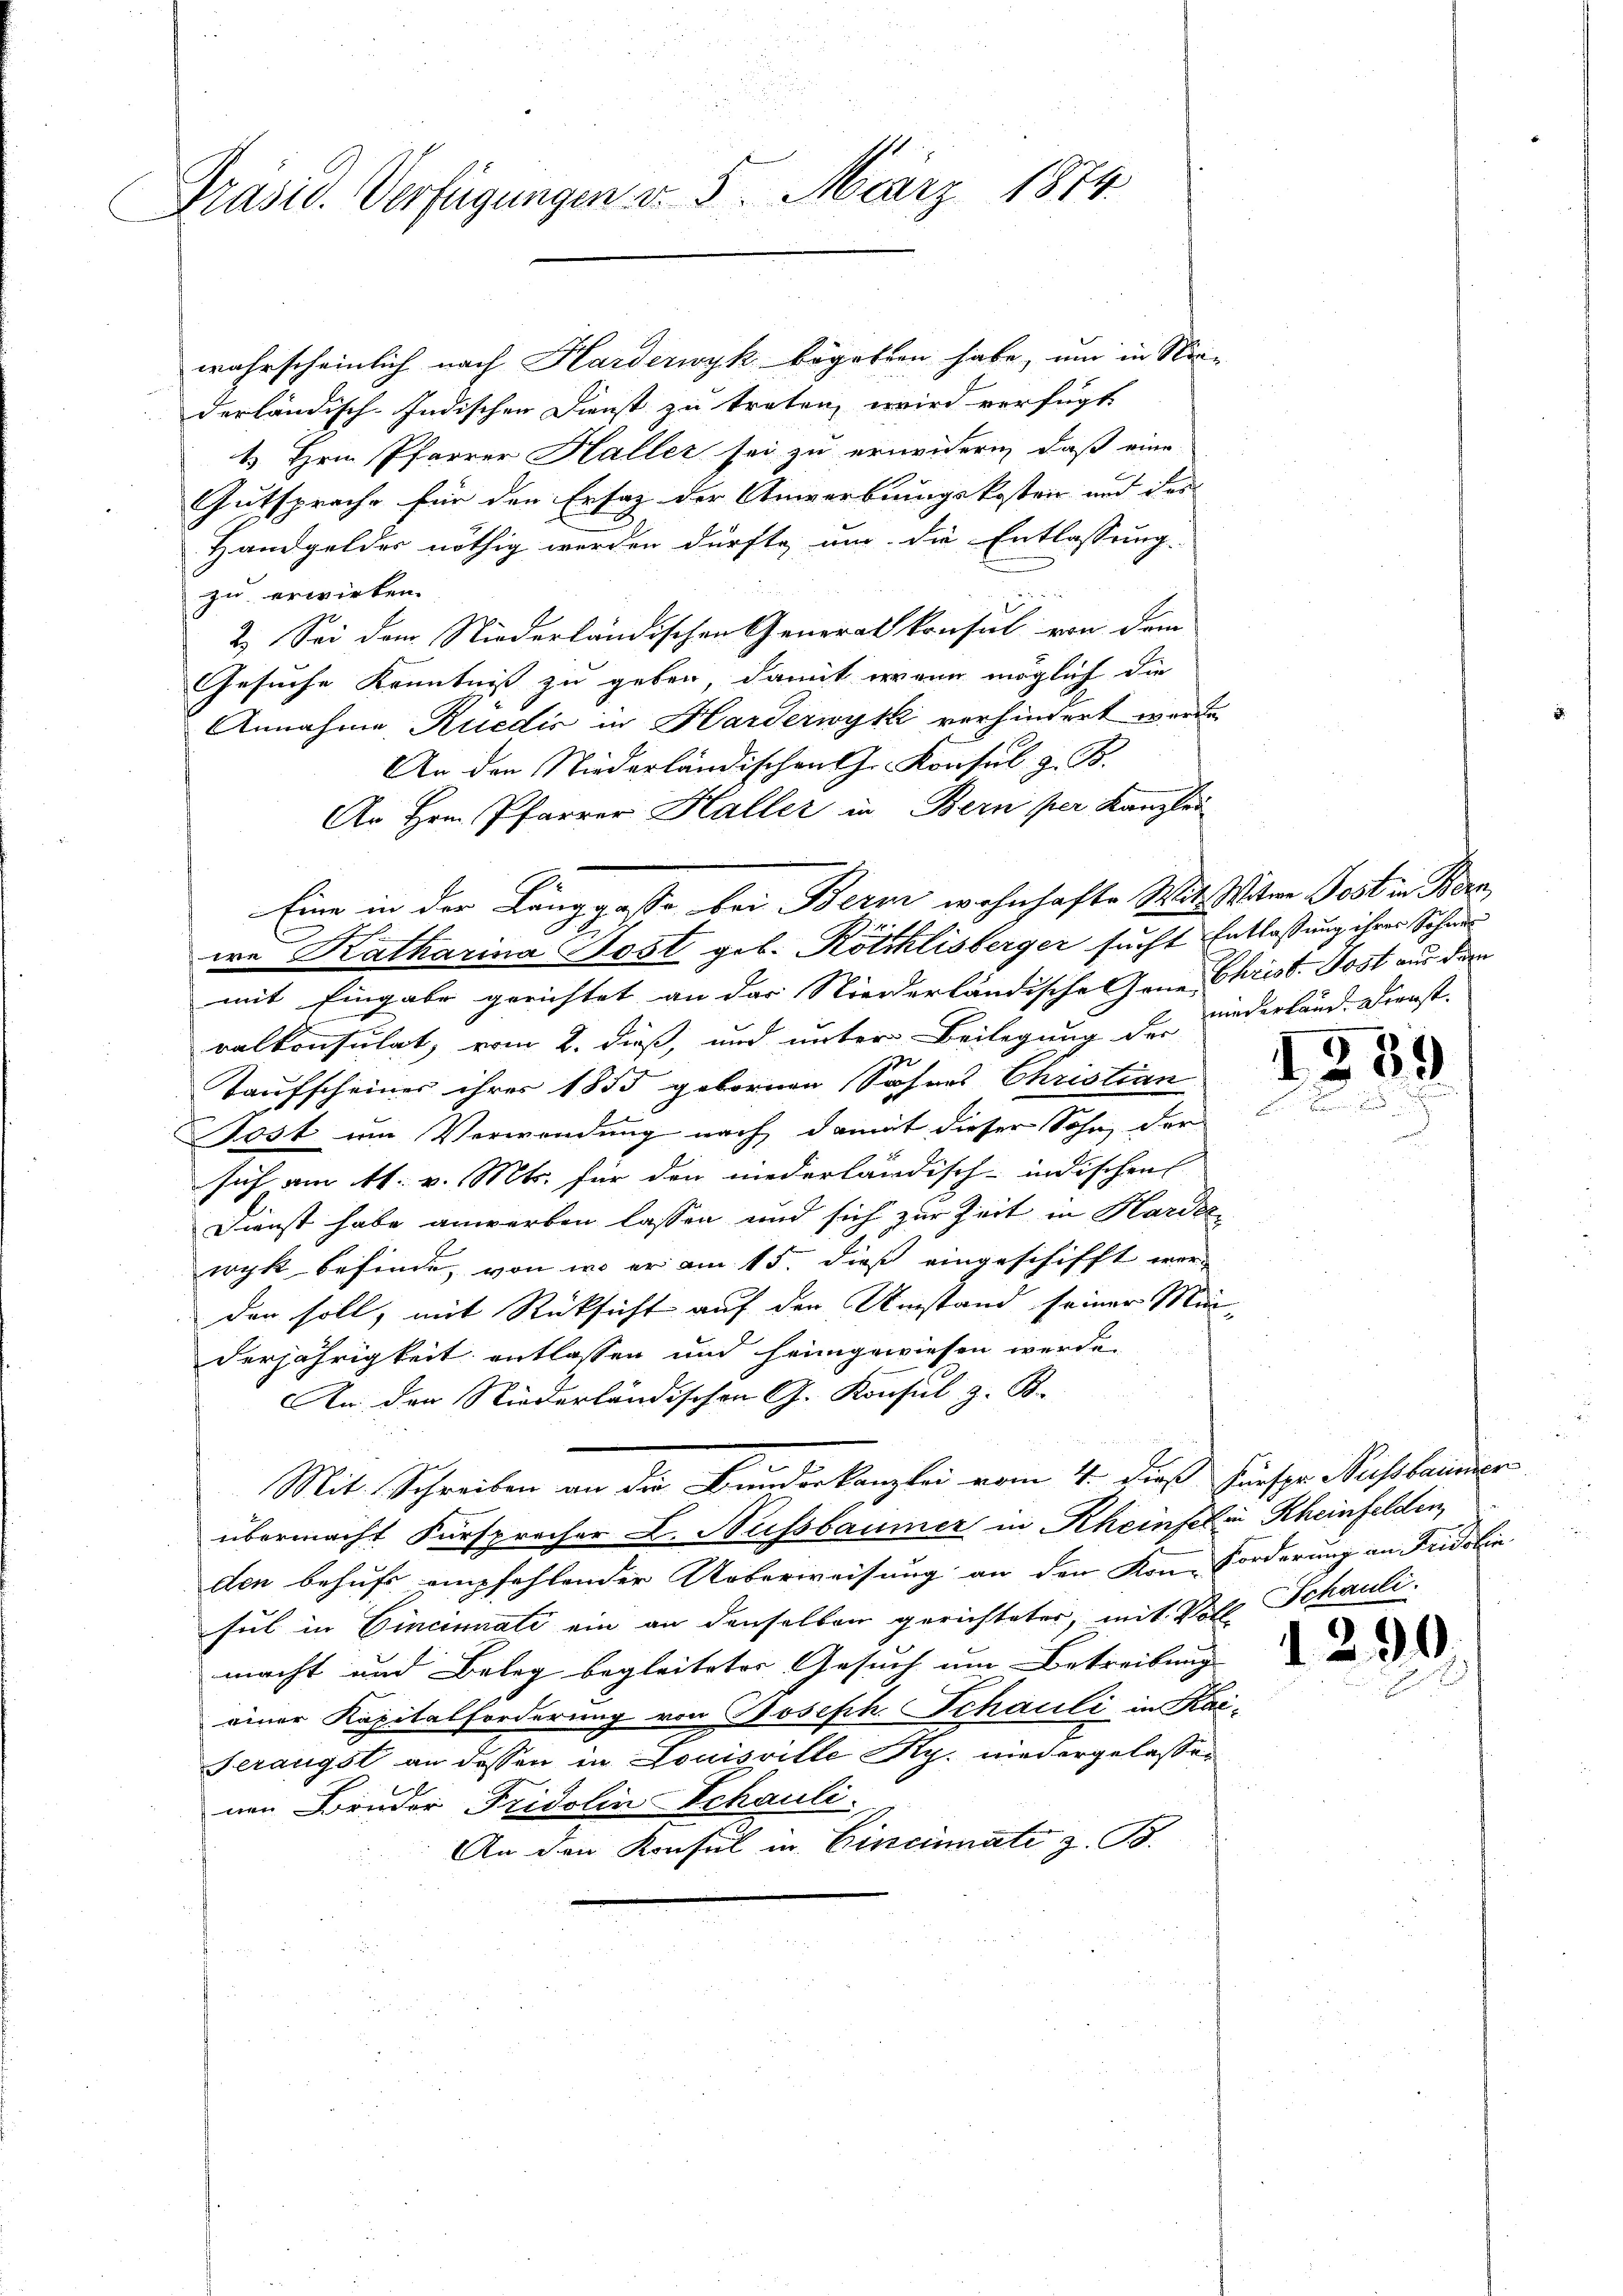
Präsid. Verfügungen v. 5. März 1874

wahrscheinlich nach Harderwyk begeben habe, um in Nie-
derländisch-Indischen Dienst zu treten, wird verfügt
1. Hrn. Pfarrer Haller sei zu erneidern, daß eine
Gutspreche für den Erfag der Anwerbungskosten und des
Handgelder nöthig werden dürfte, um die Entlassung.
zu erwirken.
2.) Sei dem Niederländischen Generalkonsul von dem
Gesuche Kenntniß zu geben, damit wann möglich die
Annahme Rüedis in Harderwyl verhindert werde.
An den Niederländischen Chr. Konsul z. B.
Ar Hrn. Pfarrer Haller in Bern per Kanzlei
mit Eingabe gerichtet an das Niederländische Gene Christ. Post aus dem
ralkonsulat, vom 2. dieß, und unter Beilegung der niederland. Dienst
Taufscheiner ihres 1855 gebornen Sohnes Christian
Post um Verwendung nach damit dieser Sohn, der
sich am 11. v. Mts. für den niederländisch-indischen
Dienst habe anwerben lassen und sich zur Zeit in Harde
wyk befinde, von wo er am 15. dieß eingeschifft wer-
den soll, mit Rücksicht auf den Umstand seiner Minderjährigkeit entlassen und heimgewiesen werde.
An der Niederländischen G. Konsul z. B.
Mit Schreiben an der Bunderkanzlei vom 4. dieß Fürspar Missbaumer
übermacht Fürsprocher L. Sussbaumer in Rheinfel in Rheinfelden,
den behufe empfehlender Ueberweisung an den Kon-Forderung an Fridolin
sul in Cincinati ein an denselben gerichteter, mit Volle Schauli.
macht und Beleg begleiteter Gesuch um Betreibung
einer Kapitalforderung von Joseph. Schauli in Kai-
Serangst an dessen in Louisville Rp. niedergelassen
nen Bruder Fridolin Schauli.
An den Konsul in Cincinate z. B.

Eine in der Langgasse bei Bern wohnhafte Mit Witwe Jost in Ber
we Katharina Jost geb. Röthlisberger sucht Entlaßung ihrer Schaus

1339

d

¬